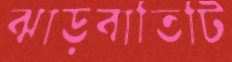
ঝাড়বাতিটি